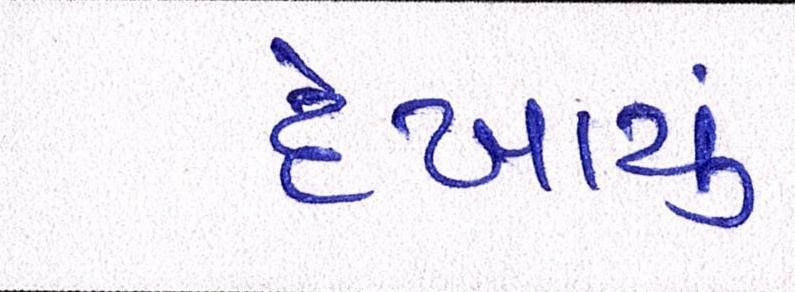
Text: દેખાયું